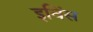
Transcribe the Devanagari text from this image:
इविंस